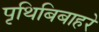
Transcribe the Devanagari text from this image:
पृथिबिबाहरे